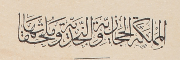
المملكة الحجازية والنجدية وملحقاتها